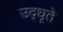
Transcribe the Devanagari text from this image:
उद्‌धृते